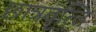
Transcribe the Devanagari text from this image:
छात्रवृत्‍ति